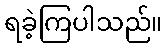
ရခဲ့ကြပါသည်။